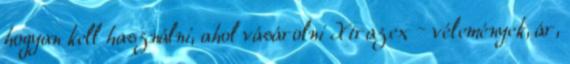
hogyan kell használni, ahol vásárolni Xtrazex – vélemények, ár,